Civil Veterinary Dept. Bombay admin report 1907-1913 - 1907-1913
Year: 1907
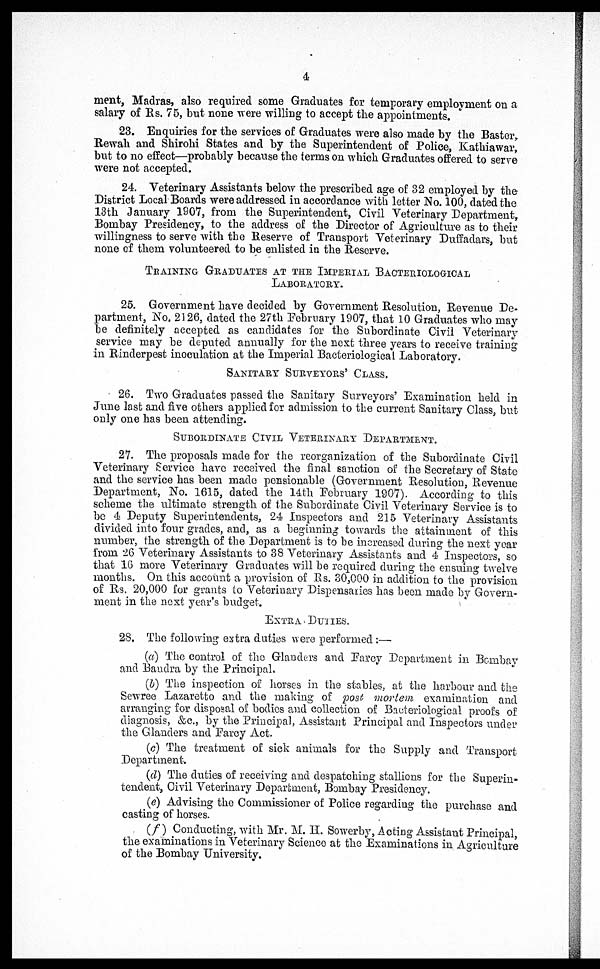
4
merit, Madras, also required some Graduates for temporary employment on a
salary of Rs. 75, but none were willing to accept the appointments.
23. Enquiries for the services of Graduates were also made by the Baster,
Rewali and Shirohi States and by the Superintendent of Police, Kathiawar,
but to no effect—probably because the terms on which Graduates offered to serve
were not accepted.
24. Veterinary Assistants below the prescribed age of 32 employed by the
District Local Boards were addressed in accordance with letter No. 100, dated the
13th January 1907, from the Superintendent, Civil Veterinary Department,
Bombay Presidency, to the address of the Director of Agriculture as to their
willingness to serve with the Reserve of Transport Veterinary Duffadars, but
none of them volunteered to be enlisted in the Reserve.
TRAINING GRADUATES AT THE IMPERIAL BACTERIOLOGICAL
LABOROTORY.
25. Government have decided by Government Resolution, Revenue De-
partment, No. 2126, dated the 27th February 1907, that 10 Graduates who may
be definitely accepted as candidates for the Subordinate Civil Veterinary
service may be deputed annually for the next three years to receive training
in Rinderpest inoculation at the Imperial Bacteriological Laboratory.
SANITARY SURVEYORS' CLASS.
26. Two Graduates passed the Sanitary Surveyors' Examination held in
June last and five others applied for admission to the current Sanitary Class, but
only one has been attending,
SUBORDINATE CIVIL VETERINARY DEPARTMENT.
27. The proposals made for the reorganization of the Subordinate Civil
Veterinary Service have received the final sanction of the Secretary of State
and the service has been made pensionable (Government Resolution, Revenue
Department, No. 1615, dated the 14th February 1907). According to this
scheme the ultimate strength of the Subordinate Civil Veterinary Service is to
be 4 Deputy Superintendents, 24 Inspectors and 215 Veterinary Assistants
divided into four grades, and, as a beginning towards the attainment of this
number, the strength of the Department is to be increased during the next year
from 26 Veterinary Assistants to 38 Veterinary Assistants and 4 Inspectors, so
that 16 more Veterinary Graduates will be required during the ensuing twelve
months. On this account a provision of Rs. 30,000 in addition to the provision
of Rs. 20,000 for grants to Veterinary Dispensaries has been made by Govern-
ment in the next year's budget.
EXTRA DUTIES.
28. The following extra duties were performed:—
(a) The control of the Glanders and Farcy Department in Bombay
and Baudra by the Principal.
(b) The inspection of horses in the stables, at the harbour and the
Sewree Lazaretto and the making of post mortem examination and
arranging for disposal of bodies and collection of Baeteriological proofs of
diagnosis, &c., by the Principal, Assistant Principal and Inspectors under
the Glanders and Farcy Act.
(c) The treatment of sick animals for the Supply and Transport
Department.
(d) The duties of receiving and despatching stallions for the Superin-
tendent, Civil Veterinary Department, Bombay Presidency.
(e) Advising the Commissioner of Police regarding the purchase and
casting of horses.
(f) Conducting, with Mr. M. H. Sowerby, Acting Assistant Principal,
the examinations in Veterinary Science at the Examinations in Agriculture
of the Bombay University.